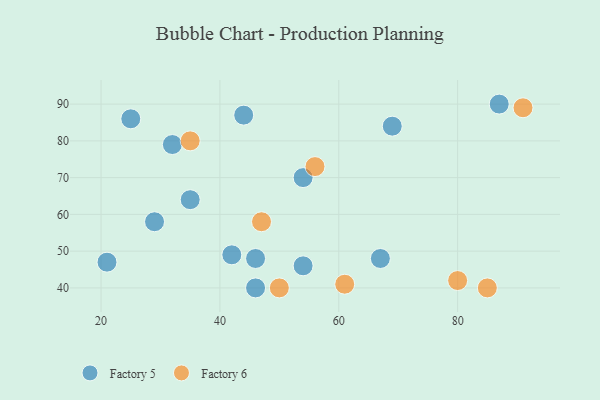
{"axis": {"x": "GDP", "y": "Life Expectancy"}, "legend": ["Factory 5", "Factory 6"], "data": [{"x": "32", "y": 79, "type": "Factory 5"}, {"x": "46", "y": 40, "type": "Factory 5"}, {"x": "54", "y": 46, "type": "Factory 5"}, {"x": "46", "y": 48, "type": "Factory 5"}, {"x": "44", "y": 87, "type": "Factory 5"}, {"x": "67", "y": 48, "type": "Factory 5"}, {"x": "54", "y": 70, "type": "Factory 5"}, {"x": "25", "y": 86, "type": "Factory 5"}, {"x": "29", "y": 58, "type": "Factory 5"}, {"x": "21", "y": 47, "type": "Factory 5"}, {"x": "35", "y": 64, "type": "Factory 5"}, {"x": "69", "y": 84, "type": "Factory 5"}, {"x": "87", "y": 90, "type": "Factory 5"}, {"x": "42", "y": 49, "type": "Factory 5"}, {"x": "35", "y": 80, "type": "Factory 6"}, {"x": "50", "y": 40, "type": "Factory 6"}, {"x": "80", "y": 42, "type": "Factory 6"}, {"x": "61", "y": 41, "type": "Factory 6"}, {"x": "85", "y": 40, "type": "Factory 6"}, {"x": "56", "y": 73, "type": "Factory 6"}, {"x": "47", "y": 58, "type": "Factory 6"}, {"x": "91", "y": 89, "type": "Factory 6"}]}